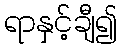
ရာနှင့်ချီ၍